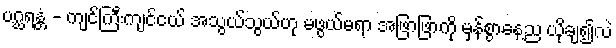
ပဂ္ဃရန္တံ - ကျင်ကြီးကျင်ငယ် အသွယ်သွယ်ဟု မဖွယ်မရာ အဖြာဖြာကို မှန်စွာနေ့ည ယိုချ၍လဲ